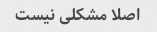
اصلا مشکلی نیست